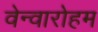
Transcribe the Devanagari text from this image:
वेन्वारोहम